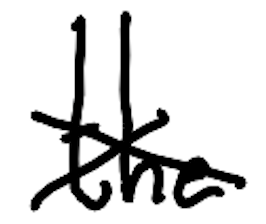
Text: the
Cross-out: cross
Writing tool: digital_black